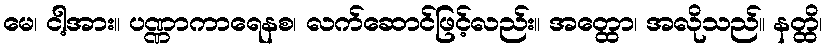
မေ၊ ငါ့အား။ ပဏ္ဏာကာရေနစ၊ လက်ဆောင်ဖြင့်လည်း။ အတ္ထော၊ အလိုသည်။ နတ္ထိ၊